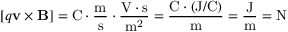
[ q \mathbf { v } \times \mathbf { B } ] = \mathrm { C \cdot { \frac { m } { s } } \cdot { \frac { V \cdot s } { m ^ { 2 } } } } = \mathrm { \frac { C \cdot ( J / C ) } { m } } = \mathrm { { \frac { J } { m } } = N }